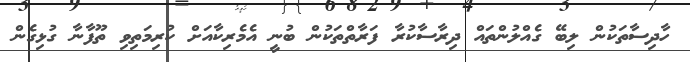
ހާދިސާތަކުން ލިބޭ ގެއްލުންތައް ދިރާސާކުރާ ފަރާތްތަކުން ބުނީ އެމެރިކާއަށް ކުރިމަތިވި ތޫފާނާ ގުޅިގެން